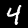
Label: 4